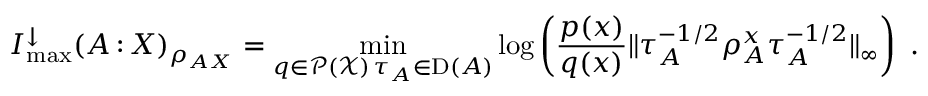
I _ { \operatorname* { m a x } } ^ { \downarrow } ( A { \, : \, } X ) _ { \rho _ { A X } } = \operatorname* { m i n } _ { \substack { q \in \mathcal { P } ( \mathcal { X } ) \, \tau _ { A } \in \mathrm { D } ( A ) } } \log \left( \frac { p ( x ) } { q ( x ) } \| \tau _ { A } ^ { - 1 / 2 } \rho _ { A } ^ { x } \tau _ { A } ^ { - 1 / 2 } \| _ { \infty } \right) \ .